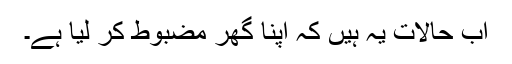
اب حالات یہ ہیں کہ اپنا گھر مضبوط کر لیا ہے۔